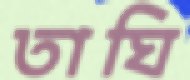
তাঘি